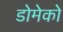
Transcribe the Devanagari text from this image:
डोमेको